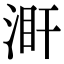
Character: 𣵼